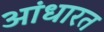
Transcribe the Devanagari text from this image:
आंधारत